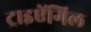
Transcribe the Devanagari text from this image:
ट्राइऐंगिल